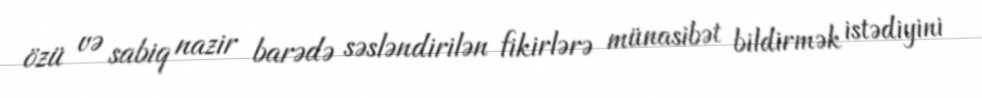
özü və sabiq nazir barədə səsləndirilən fikirlərə münasibət bildirmək istədiyini